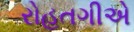
રોહતગીએ